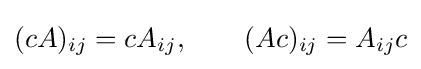
(cA)_{ij}=cA_{ij},\qquad (Ac)_{ij}=A_{ij}c